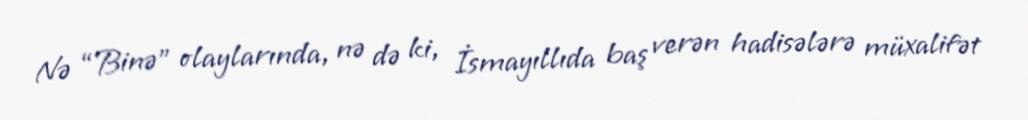
Nə “Binə” olaylarında, nə də ki, İsmayıllıda baş verən hadisələrə müxalifət